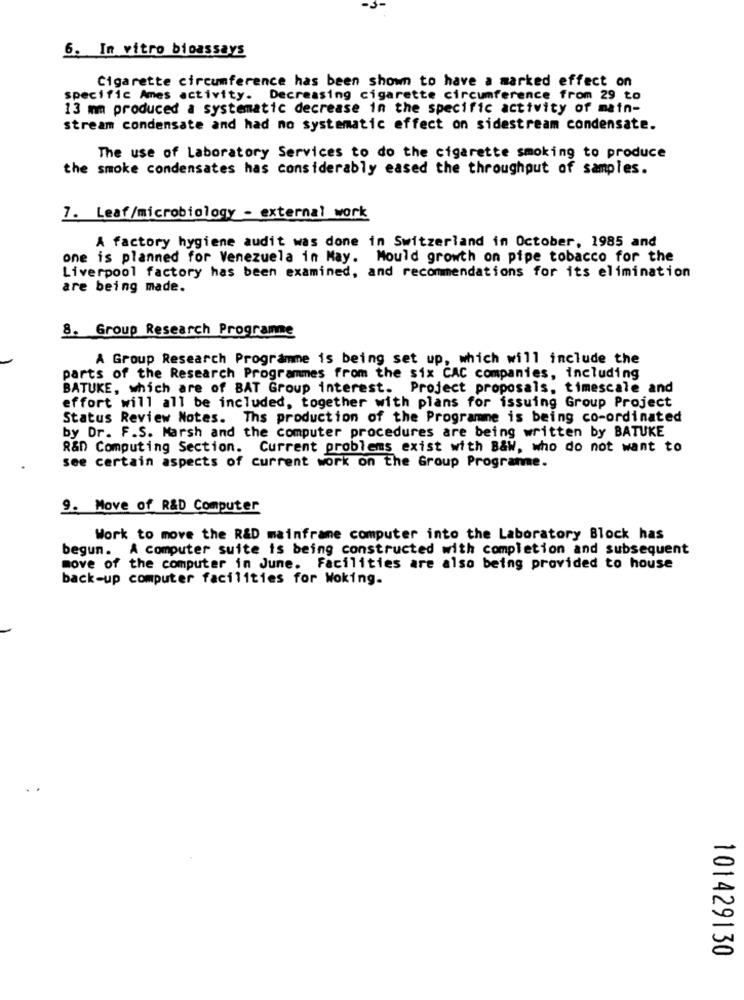
6. In vitro bioassays
Cigarette circumference has been shown to have a marked effect on
specific Ames activity. Decreasing cigarette circumference from 29 to
13 mm produced a systematic decrease in the specific activity of main-
stream condensate and had no systematic effect on sidestream condensate.
The use of Laboratory Services to do the cigarette smoking to produce
the smoke condensates has considerably eased the throughput of samples.
7. Leaf/microbiology - external work
A factory hygiene audit was done in Switzerland in October, 1985 and
one is planned for Venezuela in May. Mould growth on pipe tobacco for the
Liverpool factory has been examined, and recommendations for its elimination
are being made.
8. Group Research Programe
A Group Research Programme is being set up, which will include the
parts of the Research Programmes from the six CAC companies, including
BATUKE, which are of BAT Group interest. Project proposals, timescale and
effort will all be included, together with plans for issuing Group Project
Status Review Notes. Ths production of the Programme is being co-ordinated
by Dr. F.S. Marsh and the computer procedures are being written by BATUKE
R&D Computing Section. Current problems exist with B&W, who do not want to
see certain aspects of current work on the Group Programme.
9. Move of R&D Computer
Work to move the R&D mainframe computer into the Laboratory Block has
begun. A computer suite is being constructed with completion and subsequent
move of the computer in June. Facilities are also being provided to house
back-up computer facilities for Woking.
101429130